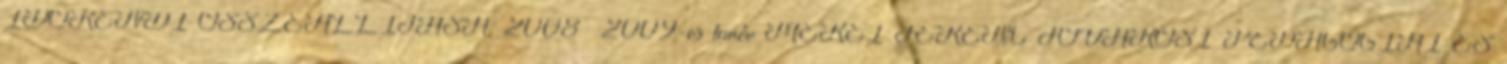
IDŐRENDI ÖSSZEÁLLÍTÁSA. 2008 2009-es tanév MÉREI FERENC FŐVÁROSI PEDAGÓGIAI ÉS